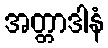
အတ္တာဒါနံ